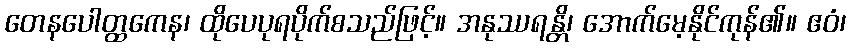
တေနပေါတ္ထကေန၊ ထိုပေပုရပိုက်စသည်ဖြင့်။ အနုဿရန္တိ၊ အောက်မေ့နိုင်ကုန်၏။ ဧဝံ၊